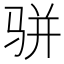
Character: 骈